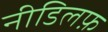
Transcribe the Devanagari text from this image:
नीडिलफ़